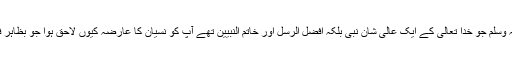
بالآخریہ سوال رہ جاتا ہے کہ آنحضرت صلی اللہ علیہ وسلم جو خدا تعالیٰ کے ایک عالی شان نبی بلکہ افضل الرسلؐ اور خاتم النبیینؐ تھے آپؐ کو نسیان کا عارضہ کیوں لاحق ہوا جو بظاہر فرائض نبوت کی ادائیگی میں رخنہ انداز ہو سکتا ہے؟